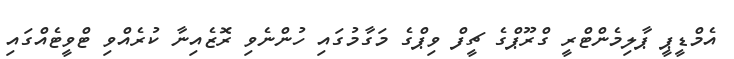
އެމްޑީޕީ ޕާލިމެންޓްރީ ގްރޫޕްގެ ޗީފް ވިޕްގެ މަގާމުގައި ހުންނެވި ރޮޒެއިނާ ކުރެއްވި ޓްވީޓެއްގައި